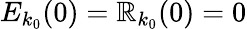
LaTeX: E_{k_{0}}(0)=\mathbb{R}_{k_{0}}(0)=0